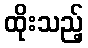
ထိုးသည့်